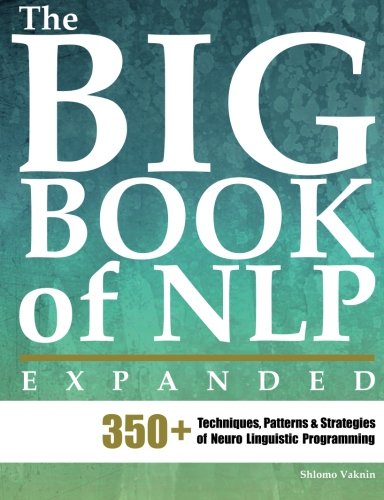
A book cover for The Big Book of NLP, Expanded: 350+ Techniques, Patterns & Strategies of Neuro Linguistic Programming; Shlomo Vaknin; Self-Help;